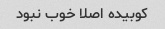
کوبیده اصلا خوب نبود